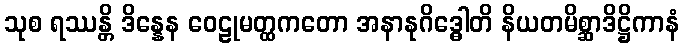
သုစ ရဿန္တိ ဒိန္နေန ဝေဠုမတ္ထကတော အနာနုဂိဒ္ဓေါတိ နိယတမိစ္ဆာဒိဋ္ဌိကာနံ